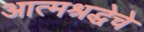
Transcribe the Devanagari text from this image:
आत्मश्रद्धेचे